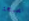
نصيحة